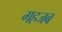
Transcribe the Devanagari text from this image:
गहजब